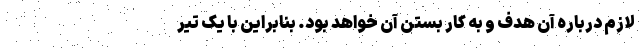
لازم درباره آن هدف و به کار بستن آن خواهد بود. بنابراین با یک تیر